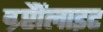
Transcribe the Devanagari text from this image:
ग्र्प्टैैोंलाइट